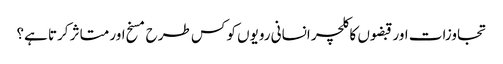
تجاوزات اور قبضوں کا کلچر انسانی رویوں کو کس طرح مسخ اور متاثر کرتا ہے؟